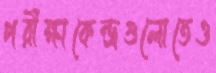
পরীক্ষাকেন্দ্রগুলোতেও